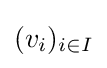
(v_{i})_{i\in I}